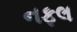
નફલ